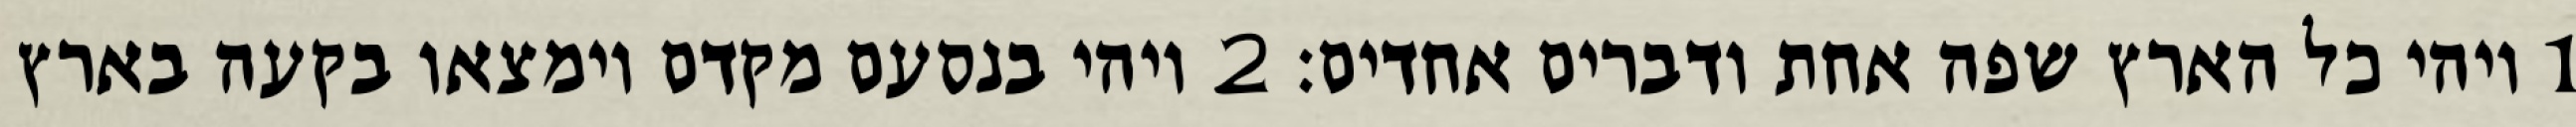
1 ויהי כל הארץ שפה אחת ודברים אחדים׃ ‎2‏ ויהי בנסעם מקדם וימצאו בקעה בארץ